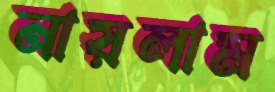
নায়লাম